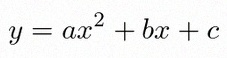
y=ax^2+bx+c